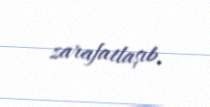
zarafatlaşıb.